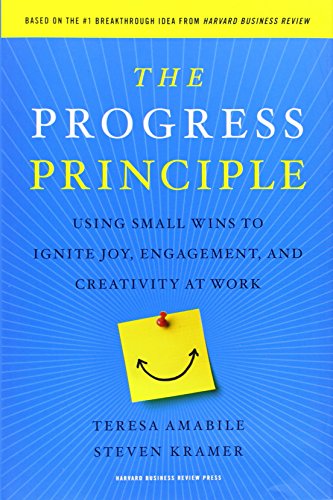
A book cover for The Progress Principle: Using Small Wins to Ignite Joy, Engagement, and Creativity at Work; Teresa Amabile; Business & Money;